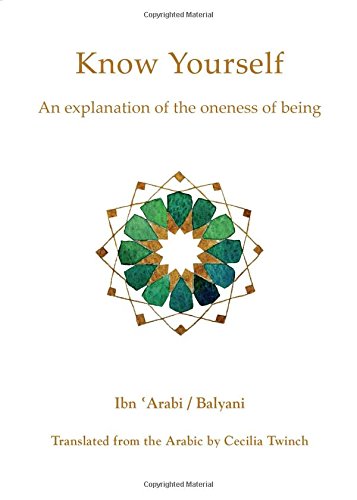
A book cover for Know Yourself: An Explanation of the Oneness of Being; Ibn Arabi; Religion & Spirituality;